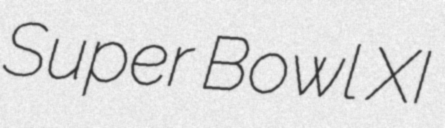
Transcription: Super Bowl XI